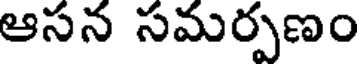
ఆసన సమర్పణం